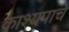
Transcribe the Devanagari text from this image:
काश्यपाचे